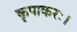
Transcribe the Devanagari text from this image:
कृपाकरः।